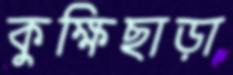
কুক্ষিছাড়া